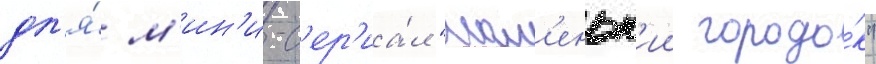
дл'я́ м'ин'и-с'ер'иа́л "мал'еньк'ии городо́к"